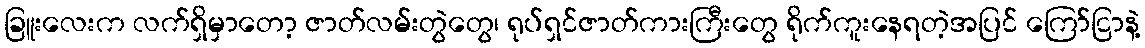
ခြူးလေးက လက်ရှိမှာတော့ ဇာတ်လမ်းတွဲတွေ၊ ရုပ်ရှင်ဇာတ်ကားကြီးတွေ ရိုက်ကူးနေရတဲ့အပြင် ကြော်ငြာနဲ့